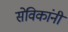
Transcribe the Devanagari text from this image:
सेविकांनी